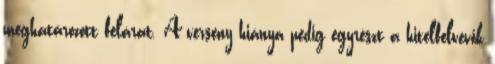
meghatározott felárat. A verseny hiánya pedig egyrészt a hitelfelvevők